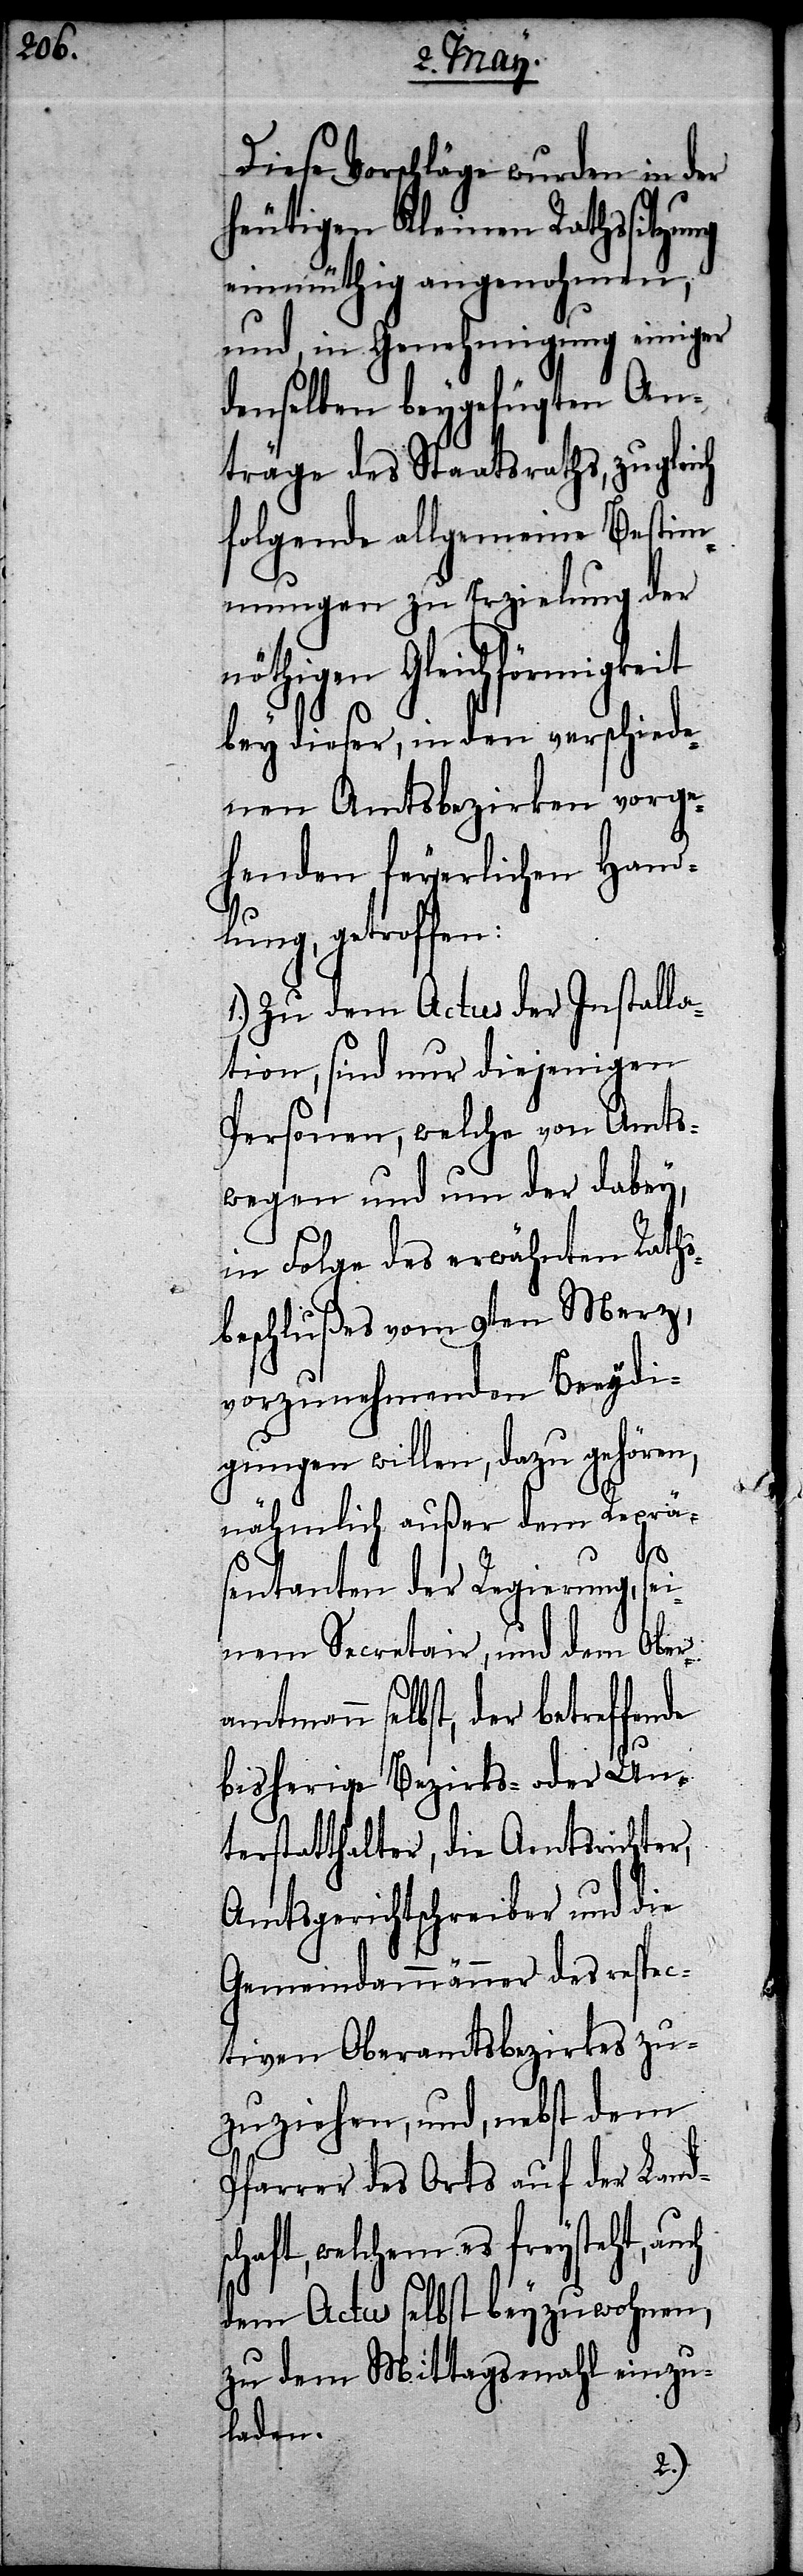
Diese Vorschläge wurden in der
heutigen Kleinen Rathssitzung
einmüthig angenohmen,
und, in Genehmigung einiger
denselben beygefügten An¬
träge des Staatsraths, zugleich
folgende allgemeine Bestim¬
mungen zu Erzielung der
nöthigen Gleichförmigke¬
bey dieser, in den verschiede¬
nen Amtsbezirken vorge¬
henden feyerlichen Hand¬
lung, getroffen:
1.) Zu dem Actus der Installa¬
tion, sind nur diejenigen
Personen, welche von Amts¬
wegen und um der dabey,
in Folge des erwähnten Raths¬
beschlußes vom 9ten Merz,
vorzunehmenden Beeydi¬
gungen willen, dazu gehören,
nähmlich außer dem Reprä¬
sch¬
sentanten der Regierung, sei¬
nem Secretair, und dem Ober¬
amtmann selbst, der betreffen¬
bisherige Bezirks- oder Un¬
terstatthalter, die Amtsrichter,
Amtsgerichtschreiber und die
Gemeindammänner des respec¬
tiven Oberamtsbezirkes zu¬
zuziehen, und, nebst dem
Pfarrer des Orts auf der Land¬
aft, welchem es freysteht,
dem Actus selbst beyzuwohnen,
zu dem Mittagsmahl einzu¬
laden.